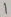
Text: 1